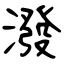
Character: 潑